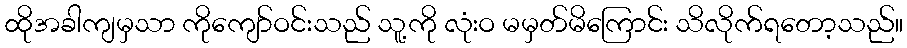
ထိုအခါကျမှသာ ကိုကျော်ဝင်းသည် သူ့ကို လုံးဝ မမှတ်မိကြောင်း သိလိုက်ရတော့သည်။